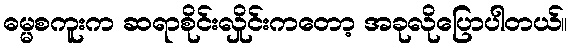
ဓမ္မစကူးက ဆရာစိုင်းလှိုင်းကတော့ အခုလိုပြောပါတယ်။